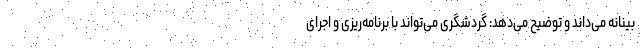
بینانه می‌داند و توضیح می‌دهد: گردشگری می‌تواند با برنامه‌ریزی و اجرای